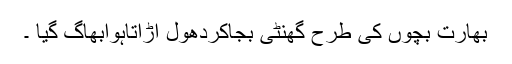
بھارت بچوں کی طرح گھنٹی بجاکردھول اڑاتاہوابھاگ گیا ۔